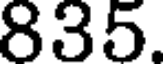
835.